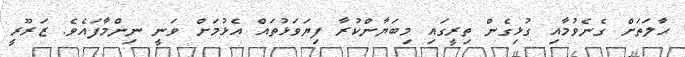
ޙާލަތަށް ގެނެވުމާއި ގުޅިގެން ތިރީގައި މިބަޔާންކުރާ ފިޔަވަޅުތައް އެޅުމަށް ވަނީ ނިންމާފައެވެ. ޒަރޫރީ